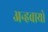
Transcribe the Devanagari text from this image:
अन्‍हवायो